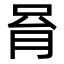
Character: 𠱮